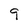
Character: 9